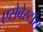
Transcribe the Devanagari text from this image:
एसेबेस्टाँस